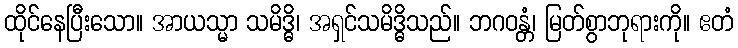
ထိုင်နေပြီးသော။ အာယသ္မာ သမိဒ္ဓိ၊ အရှင်သမိဒ္ဓိသည်။ ဘဂဝန္တံ၊ မြတ်စွာဘုရားကို။ ဧတံ